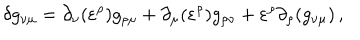
\delta g _ { \nu \mu } = \partial _ { \nu } ( \varepsilon ^ { \rho } ) g _ { \rho \mu } + \partial _ { \mu } ( \varepsilon ^ { \rho } ) g _ { \rho \nu } + \varepsilon ^ { \rho } \partial _ { \rho } ( g _ { \nu \mu } ) \, ,